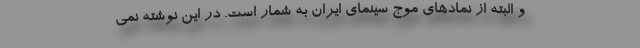
و البته از نمادهای موج سینمای ایران به شمار است. در این نوشته نمی